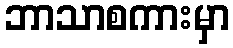
ဘာသာစကားမှာ